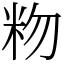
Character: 粅